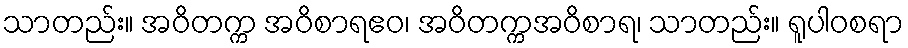
သာတည်း။ အဝိတက္က အဝိစာရဧဝ၊ အဝိတက္ကအဝိစာရ၊ သာတည်း။ ရူပါဝစရာ